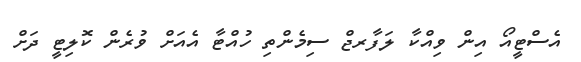
އެސްޓީއޯ އިން ވިއްކާ ލަފާރޖް ސިމެންތި ހުއްޓާ އެއަށް ވުރެން ކޮލިޓީ ދަށް